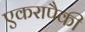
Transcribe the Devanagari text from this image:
एकरापैकी